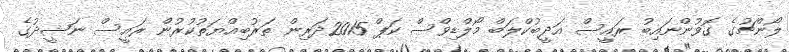
ލޯންޗުގެ ގޮވުންނައިބު ރައީސް އަދީބުކްލަބް މޯލްޑިވްސް ކަޕް 2015ދަރިން ތަރުބިއްޔަތުކުރުން ރައީސް ނަޝީދުގެ